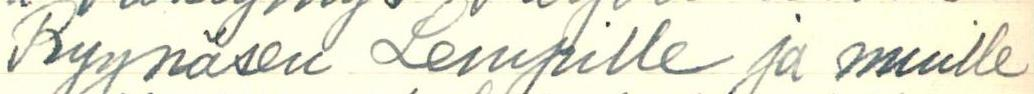
Ryynäsen Lempille ja muille